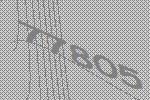
77805